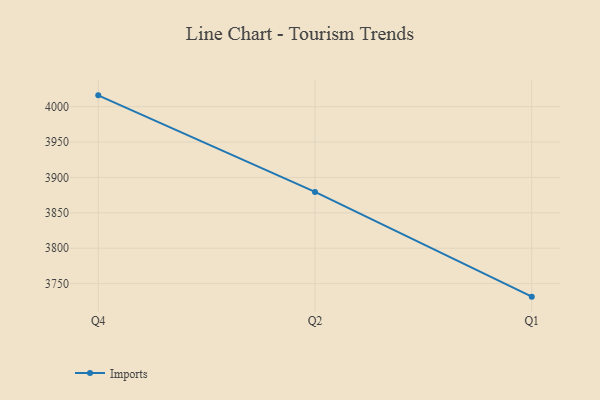
{"axis": {"x": "Quarter", "y": "Page Views"}, "legend": ["Imports"], "data": [{"x": "Q4", "y": 4016.0, "type": "Imports"}, {"x": "Q2", "y": 3879.6, "type": "Imports"}, {"x": "Q1", "y": 3731.6, "type": "Imports"}]}